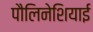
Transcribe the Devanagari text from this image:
पौलिनेशियाई